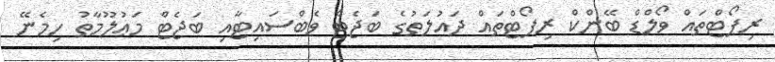
ރިޕޯޓްތައް ވޯލްޑް ބޭންކް ރިޕޯޓްތައް ދައުލަތުގެ ބަޖެޓް ވެބްސައިޓާއި ބަޖެޓް މަޢުލޫމާތު ހިމެނޭ